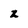
Character: z